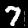
Digit: 7